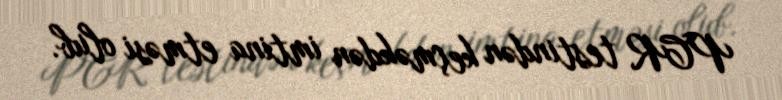
PCR testindən keçməkdən imtina etməsi olub.